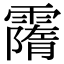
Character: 𩅡